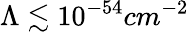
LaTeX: \Lambda\lesssim 10^{-54}cm^{-2}